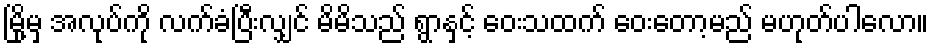
မြို့မှ အလုပ်ကို လက်ခံပြီးလျှင် မိမိသည် ရွာနှင့် ဝေးသထက် ဝေးတော့မည် မဟုတ်ပါလော။